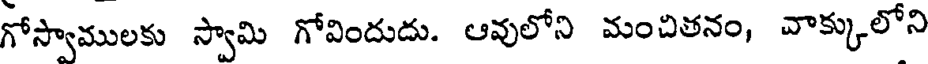
గోస్వాములకు స్వామి గోవిందుదు. ఆవులోని మంచితనం, వాక్కులోని